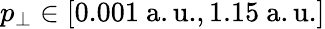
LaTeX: p_{\perp}\in[0.001\mathrm{~a.u.},1.15\mathrm{~a.u.}]